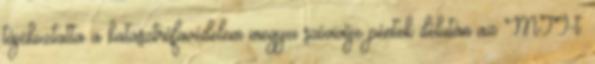
tájékoztatta a katasztrófavédelem megyei szóvivője péntek délután az MTI-t.